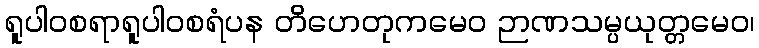
ရူပါဝစရာရူပါဝစရံပန တိဟေတုကမေဝ ဉာဏသမ္ပယုတ္တမေဝ၊